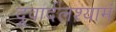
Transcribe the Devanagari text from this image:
दूवार्दलश्यामं